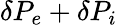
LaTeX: \delta P_{e}+\delta P_{i}